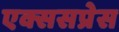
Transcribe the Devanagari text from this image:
एक्ससप्रेस